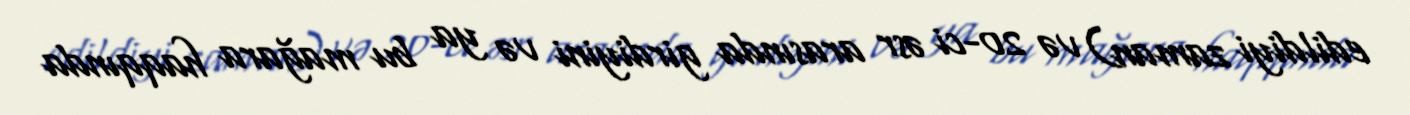
edildiyi zaman) və 20-ci əsr arasında girdiyini və ya bu mağara haqqında